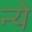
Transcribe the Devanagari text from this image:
न्‍ये